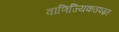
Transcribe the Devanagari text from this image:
वाणिज्यिकउपग्रह